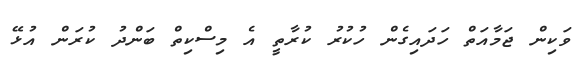
ވަކިން ޖަމާއަތް ހަދައިގެން ހުކުރު ކުރާތީ އެ މިސްކިތް ބަންދު ކުރަން އުޅޭ